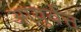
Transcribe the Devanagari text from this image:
आयुर्वत्त